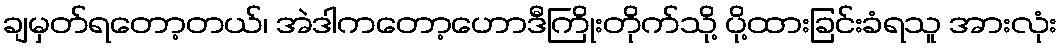
ချမှတ်ရတော့တယ်၊ အဲဒါကတော့ဟောဒီကြိုးတိုက်သို့ ပို့ထားခြင်းခံရသူ အားလုံး